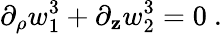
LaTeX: \partial_{\rho}w_{1}^{3}+\partial_{\mathbf{z}}w_{2}^{3}=0\ .